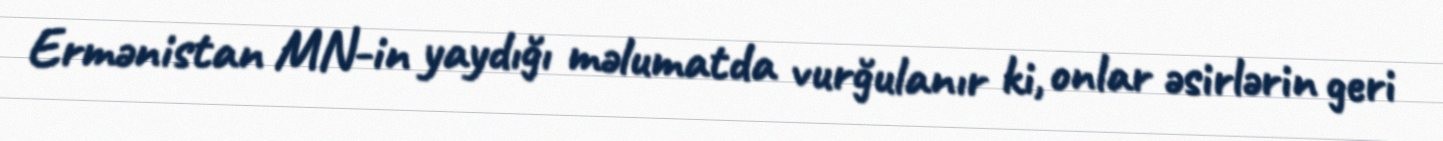
Ermənistan MN-in yaydığı məlumatda vurğulanır ki, onlar əsirlərin geri